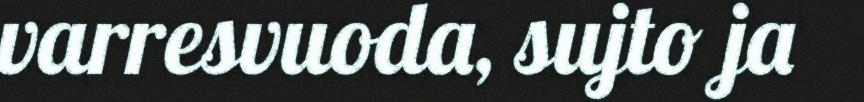
varresvuoda, sujto ja